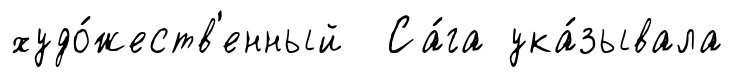
худо́жеств'енный Са́га ука́зывала